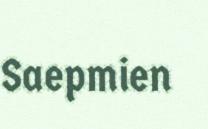
Saepmien